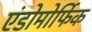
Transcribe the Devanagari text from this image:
एंडोमोर्फिक